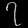
Digit: ၇